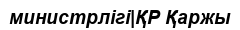
министрлігі|ҚР Қаржы